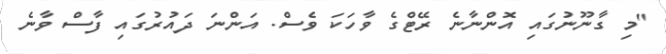
"މި ގާނޫނުގައި އޮންނާނެ ރޭޓްގެ ވާހަކަ ވެސް. އަންނަ ދައުރުގައި ފާސް ވާނެ